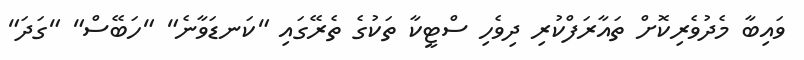
ވައިބާ މެދުވެރިކޮށް ތައާރަފްކުރި ދިވެހި ސްޓީކާ ތަކުގެ ތެރޭގައި "ކަނޑަވާނެ" "ހަބޭސް" "ގަދަ"